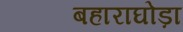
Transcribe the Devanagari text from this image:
बहाराघोड़ा